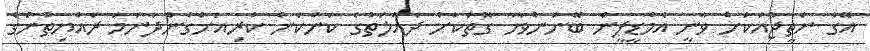
އޭގެ ނަތީޖާއަކަށް ވާނީ އެމްޑީޕީން ބޭނުންވާހާ ގޮތަކަށް ދައުލަތުގެ ކަންކަން ކުރިއަށްގެންދާނަމަ ރައްޔިތުންގެ